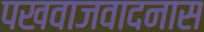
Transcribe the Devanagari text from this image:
पखवाजवादनास